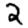
Digit: 2